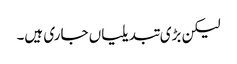
لیکن بڑی تبدیلیاں جاری ہیں۔